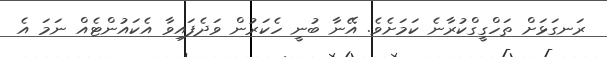
ރަނގަޅަށް ތަހްގީގްކުރާނެ ކަމަށެވެ. އޭނާ ބުނީ ހެކަރުން ވަދެފައިވާ އެކައުންޓެއް ނަމަ އެ